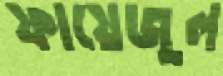
ফায়েজুল